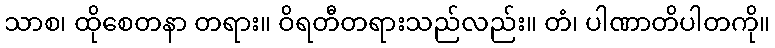
သာစ၊ ထိုစေတနာ တရား။ ဝိရတီတရားသည်လည်း။ တံ၊ ပါဏာတိပါတကို။